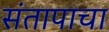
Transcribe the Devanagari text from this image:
संतापाचा